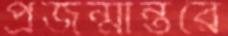
প্রজন্মান্তরে